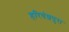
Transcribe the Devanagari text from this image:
हरिवंशपुरा